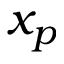
x _ { p }